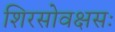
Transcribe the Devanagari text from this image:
शिरसोवक्षसः